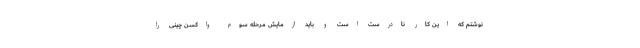
نوشتم که این کار نادرست است و باید ازمایش مرحله سوم واکسن چینی را